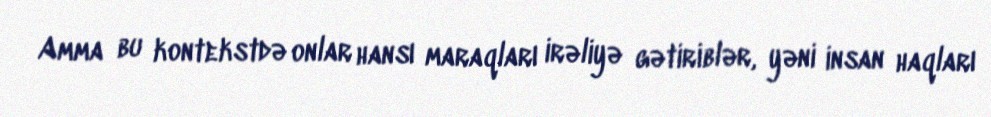
Amma bu kontekstdə onlar hansı maraqları irəliyə gətiriblər, yəni insan haqları